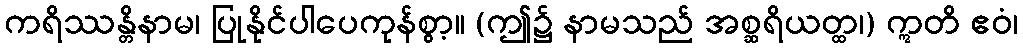
ကရိဿန္တိနာမ၊ ပြုနိုင်ပါပေကုန်စွာ့။ (ဤ၌ နာမသည် အစ္ဆရိယတ္ထ၊) ဣတိ ဧဝံ၊